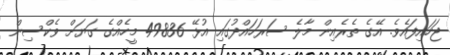
ޖަހައިފައެވެ. އޭގެ ތެރެެއިން މާލެ ސަރަހައްދުގައި އުޅޭ 49836 މީހެއްގެ ގަޔަށް ވެކްސިން